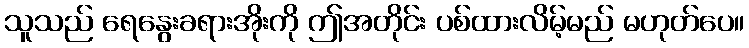
သူသည် ရေနွေးခရားအိုးကို ဤအတိုင်း ပစ်ထားလိမ့်မည် မဟုတ်ပေ။